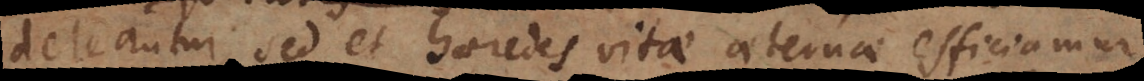
deleantur, sed et haeredes vitae aeternae efficiamur,